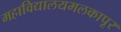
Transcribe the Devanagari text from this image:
महाविद्यालयमलकापूर